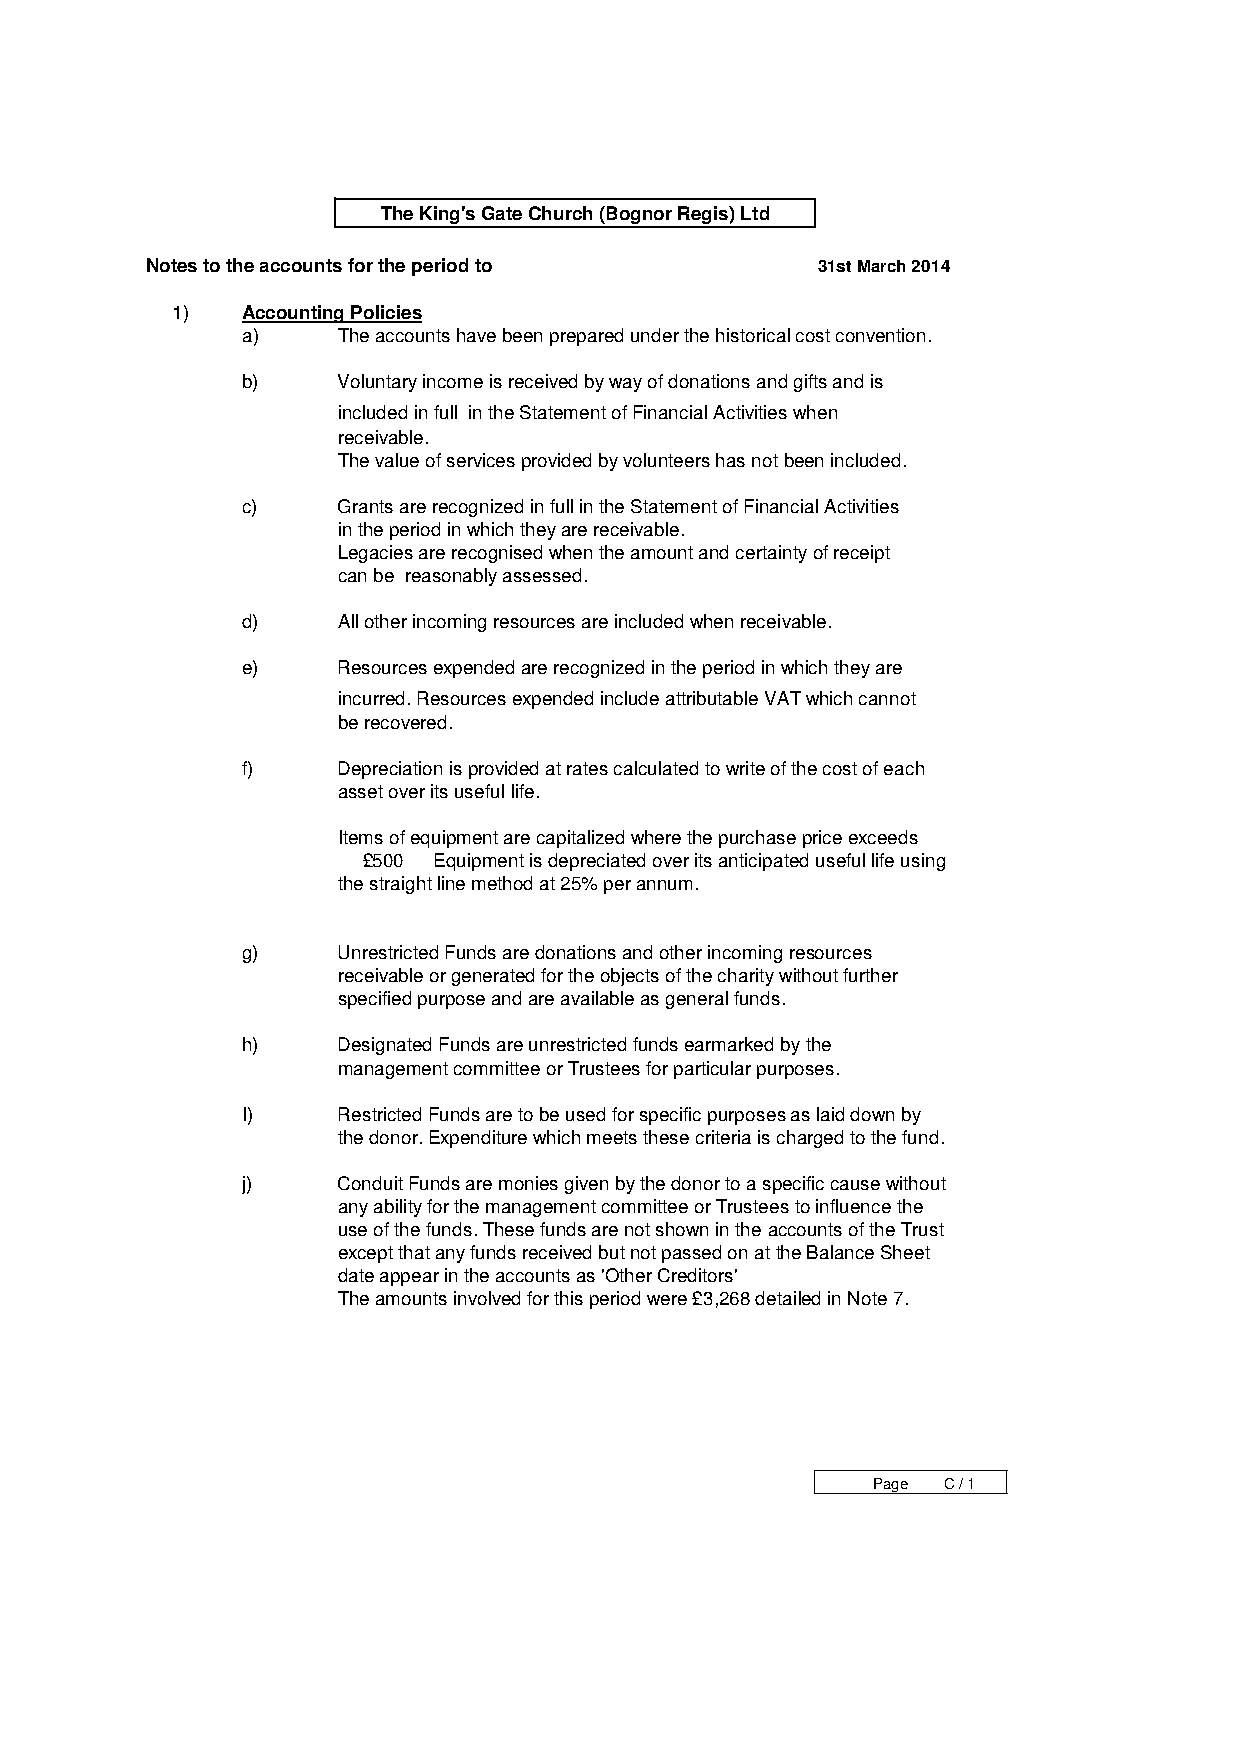
The King's Gate Church (Bognor Regis) Ltd
 Notes to the accounts for the period to     31st March 2014
 1)   Accounting Policies
 a)    The accounts have been prepared under the historical cost convention.
 b)    Voluntary income is received by way of donations and gifts and is
 included in full in the Statement of Financial Activities when
 receivable.
 The value of services provided by volunteers has not been included.
 c)    Grants are recognized in full in the Statement of Financial Activities
 in the period in which they are receivable.
 Legacies are recognised when the amount and certainty of receipt
 can be reasonably assessed.
 d)    All other incoming resources are included when receivable.
 e)    Resources expended are recognized in the period in which they are
 incurred. Resources expended include attributable VAT which cannot
 be recovered.
 f)    Depreciation is provided at rates calculated to write of the cost of each
 asset over its useful life.
 Items of equipment are capitalized where the purchase price exceeds
 £500 Equipment is depreciated over its anticipated useful life using
 the straight line method at 25% per annum.
 g)    Unrestricted Funds are donations and other incoming resources
 receivable or generated for the objects of the charity without further
 specified purpose and are available as general funds.
 h)    Designated Funds are unrestricted funds earmarked by the
 management committee or Trustees for particular purposes.
 I)    Restricted Funds are to be used for specific purposes as laid down by
 the donor. Expenditure which meets these criteria is charged to the fund.
 j)    Conduit Funds are monies given by the donor to a specific cause without
 any ability for the management committee or Trustees to influence the
 use of the funds. These funds are not shown in the accounts of the Trust
 except that any funds received but not passed on at the Balance Sheet
 date appear in the accounts as 'Other Creditors'
 The amounts involved for this period were £3,268 detailed in Note 7.
 Page C / 1